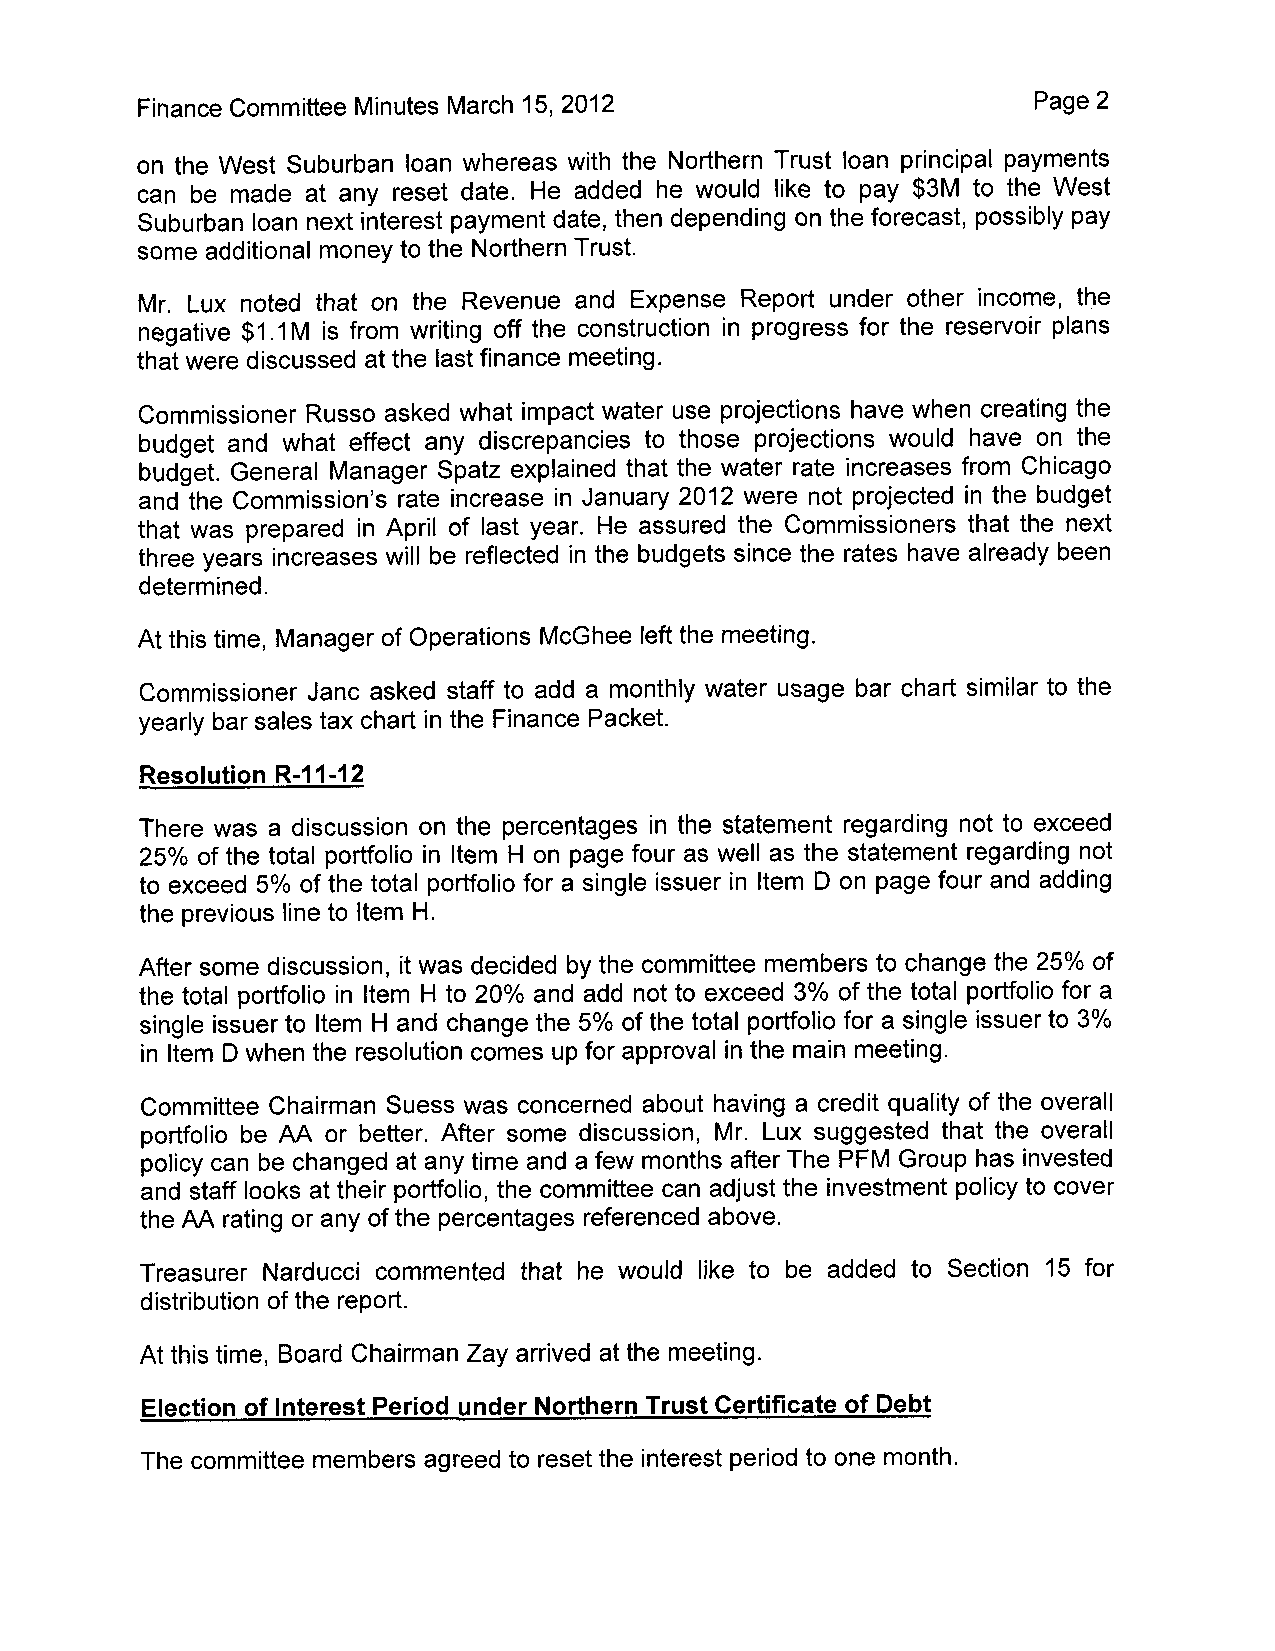
Finance Committee Minutes March 15,?012                     Page 2
 on the West Suburban loan whereas with the Northern Trust loan principal payments
 can be made at any reset date. He added he would like to pay $3M to the West
 Suburban loan next interest payment date, then depending on the forecast, possibly pay
 some additional money to the Northern Trust.
 Mr. Lux noted that on the Revenue and Expense Report under other income, the
 negative $1.1M is from writing off the construction in progress for the reservoir plans
 that were discussed at the last finance meeting.
 Commissioner Russo asked what impact water use projections have when creating the
 budget and what effect any discrepancies to those projections would have on the
 budget. General Manager Spatz explained that the water rate increases from Chicago
 and the Commission's rate increase in January 2012 were not projected in the budget
 that was prepared in April of last year. He assured the Commissioners that the next
 three years increases will be reflected in the budgets since the rates have already been
 determined.
 At this time, Manager of Operations McGhee left the meeting'
 Commissioner Janc asked statf to add a monthly water usage bar chart similar to the
 yearly bar sales tax chart in the Finance Packet.
 Resolution R-11-12
 There was a discussion on the percentages in the statement regarding not to exceed
 LTo/o of the total portfolio in ltem H on page four as well as the statement regarding not
 to exceed 5o/o ol the total portfolio for a single issuer in ltem D on page four and adding
 the previous line to ltem H.
 After some discussion, it was decided by the committee members to change the 25% of
 the total portfolio in ltem H to 20% and add not to exceed 3% of the total portfolio for a
 single issuer to ltem H and change the 5% of the total portfolio for a single issuer to 3%
 in ltem D when the resolution comes up for approval in the main meeting.
 Committee Chairman Suess was concerned about having a credit quality of the overall
 portfolio be AA or better. After some discussion, Mr. Lux suggested that the overall
 policy can be changed at any time and a few months after The PFM Group has invested
 and staff looks at their portfolio, the committee can adjust the investment policy to cover
 the AA rating or any of the percentages referenced above,
 Treasurer Narducci commented that he would like to be added to Section 15 for
 distribution of the repoft.
 At this time, Board Chairman Zay arrived at the meeting.
 Election of lnterest Period under Northern Trust Certificate of Debt
 The committee members agreed to reset the interest period to one month.